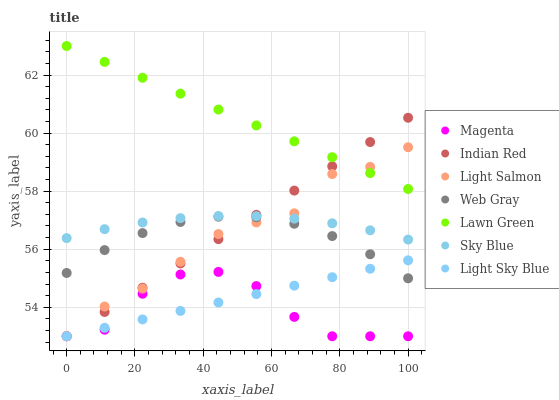
| xaxis_label | Magenta | Indian Red | Light Salmon | Web Gray | Lawn Green | Sky Blue | Light Sky Blue |
 | --- | --- | --- | --- | --- | --- | --- | --- |
 | 0 | 53 | 53 | 53 | 55.2 | 63 | 56.4 | 53 |
 | 11.1 | 53.2 | 53.8 | 54 | 56 | 62.5 | 56.7 | 53.3 |
 | 22.2 | 54.5 | 54.7 | 54.6 | 56.6 | 61.9 | 56.9 | 53.6 |
 | 33.3 | 55.1 | 55.5 | 55.6 | 56.9 | 61.4 | 57.1 | 53.9 |
 | 44.4 | 55.2 | 56.3 | 56.5 | 57.1 | 60.8 | 57.1 | 54.2 |
 | 55.6 | 54.7 | 57.2 | 56.9 | 57.1 | 60.3 | 57.1 | 54.5 |
 | 66.7 | 53.7 | 58 | 57.2 | 56.9 | 59.7 | 57.1 | 54.7 |
 | 77.8 | 53 | 58.9 | 58.6 | 56.5 | 59.2 | 56.9 | 55 |
 | 88.9 | 53 | 59.7 | 58.8 | 55.8 | 58.6 | 56.7 | 55.3 |
 | 100 | 53 | 60.5 | 59.5 | 55 | 58.1 | 56.3 | 55.6 |